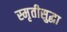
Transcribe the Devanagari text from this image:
स्मृतीसुद्धा